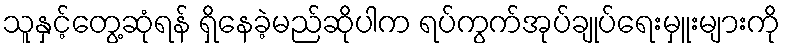
သူနှင့်တွေ့ဆုံရန် ရှိနေခဲ့မည်ဆိုပါက ရပ်ကွက်အုပ်ချုပ်ရေးမှူးများကို